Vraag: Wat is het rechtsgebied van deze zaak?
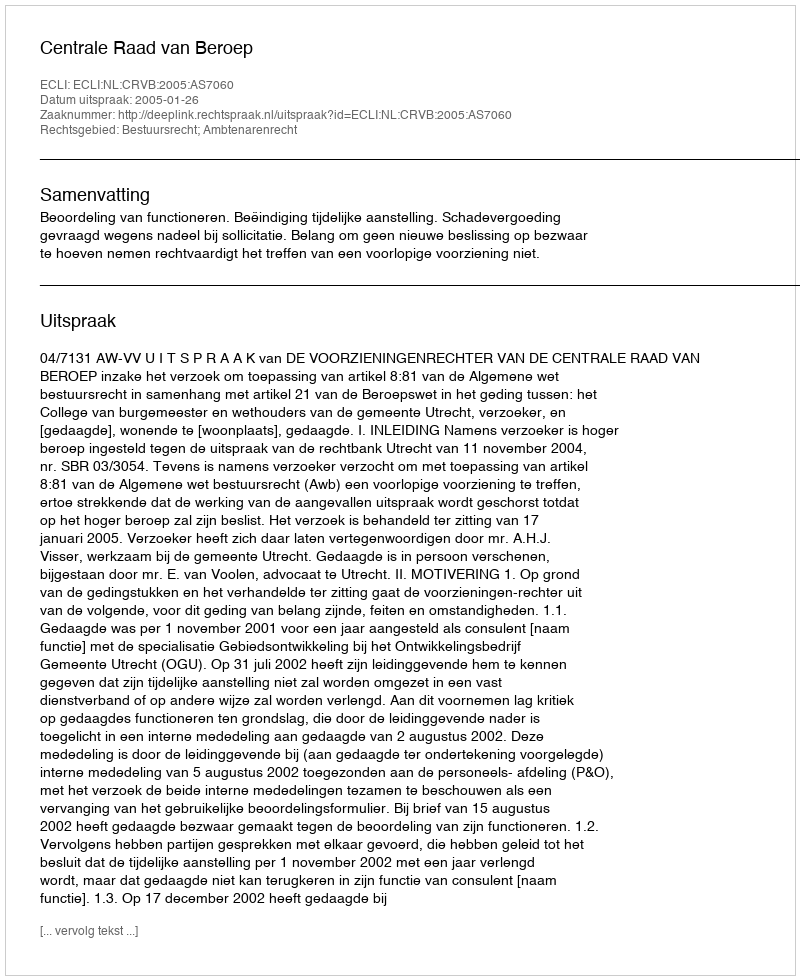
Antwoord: Bestuursrecht; Ambtenarenrecht